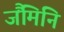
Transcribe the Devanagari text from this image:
जैंमिनि